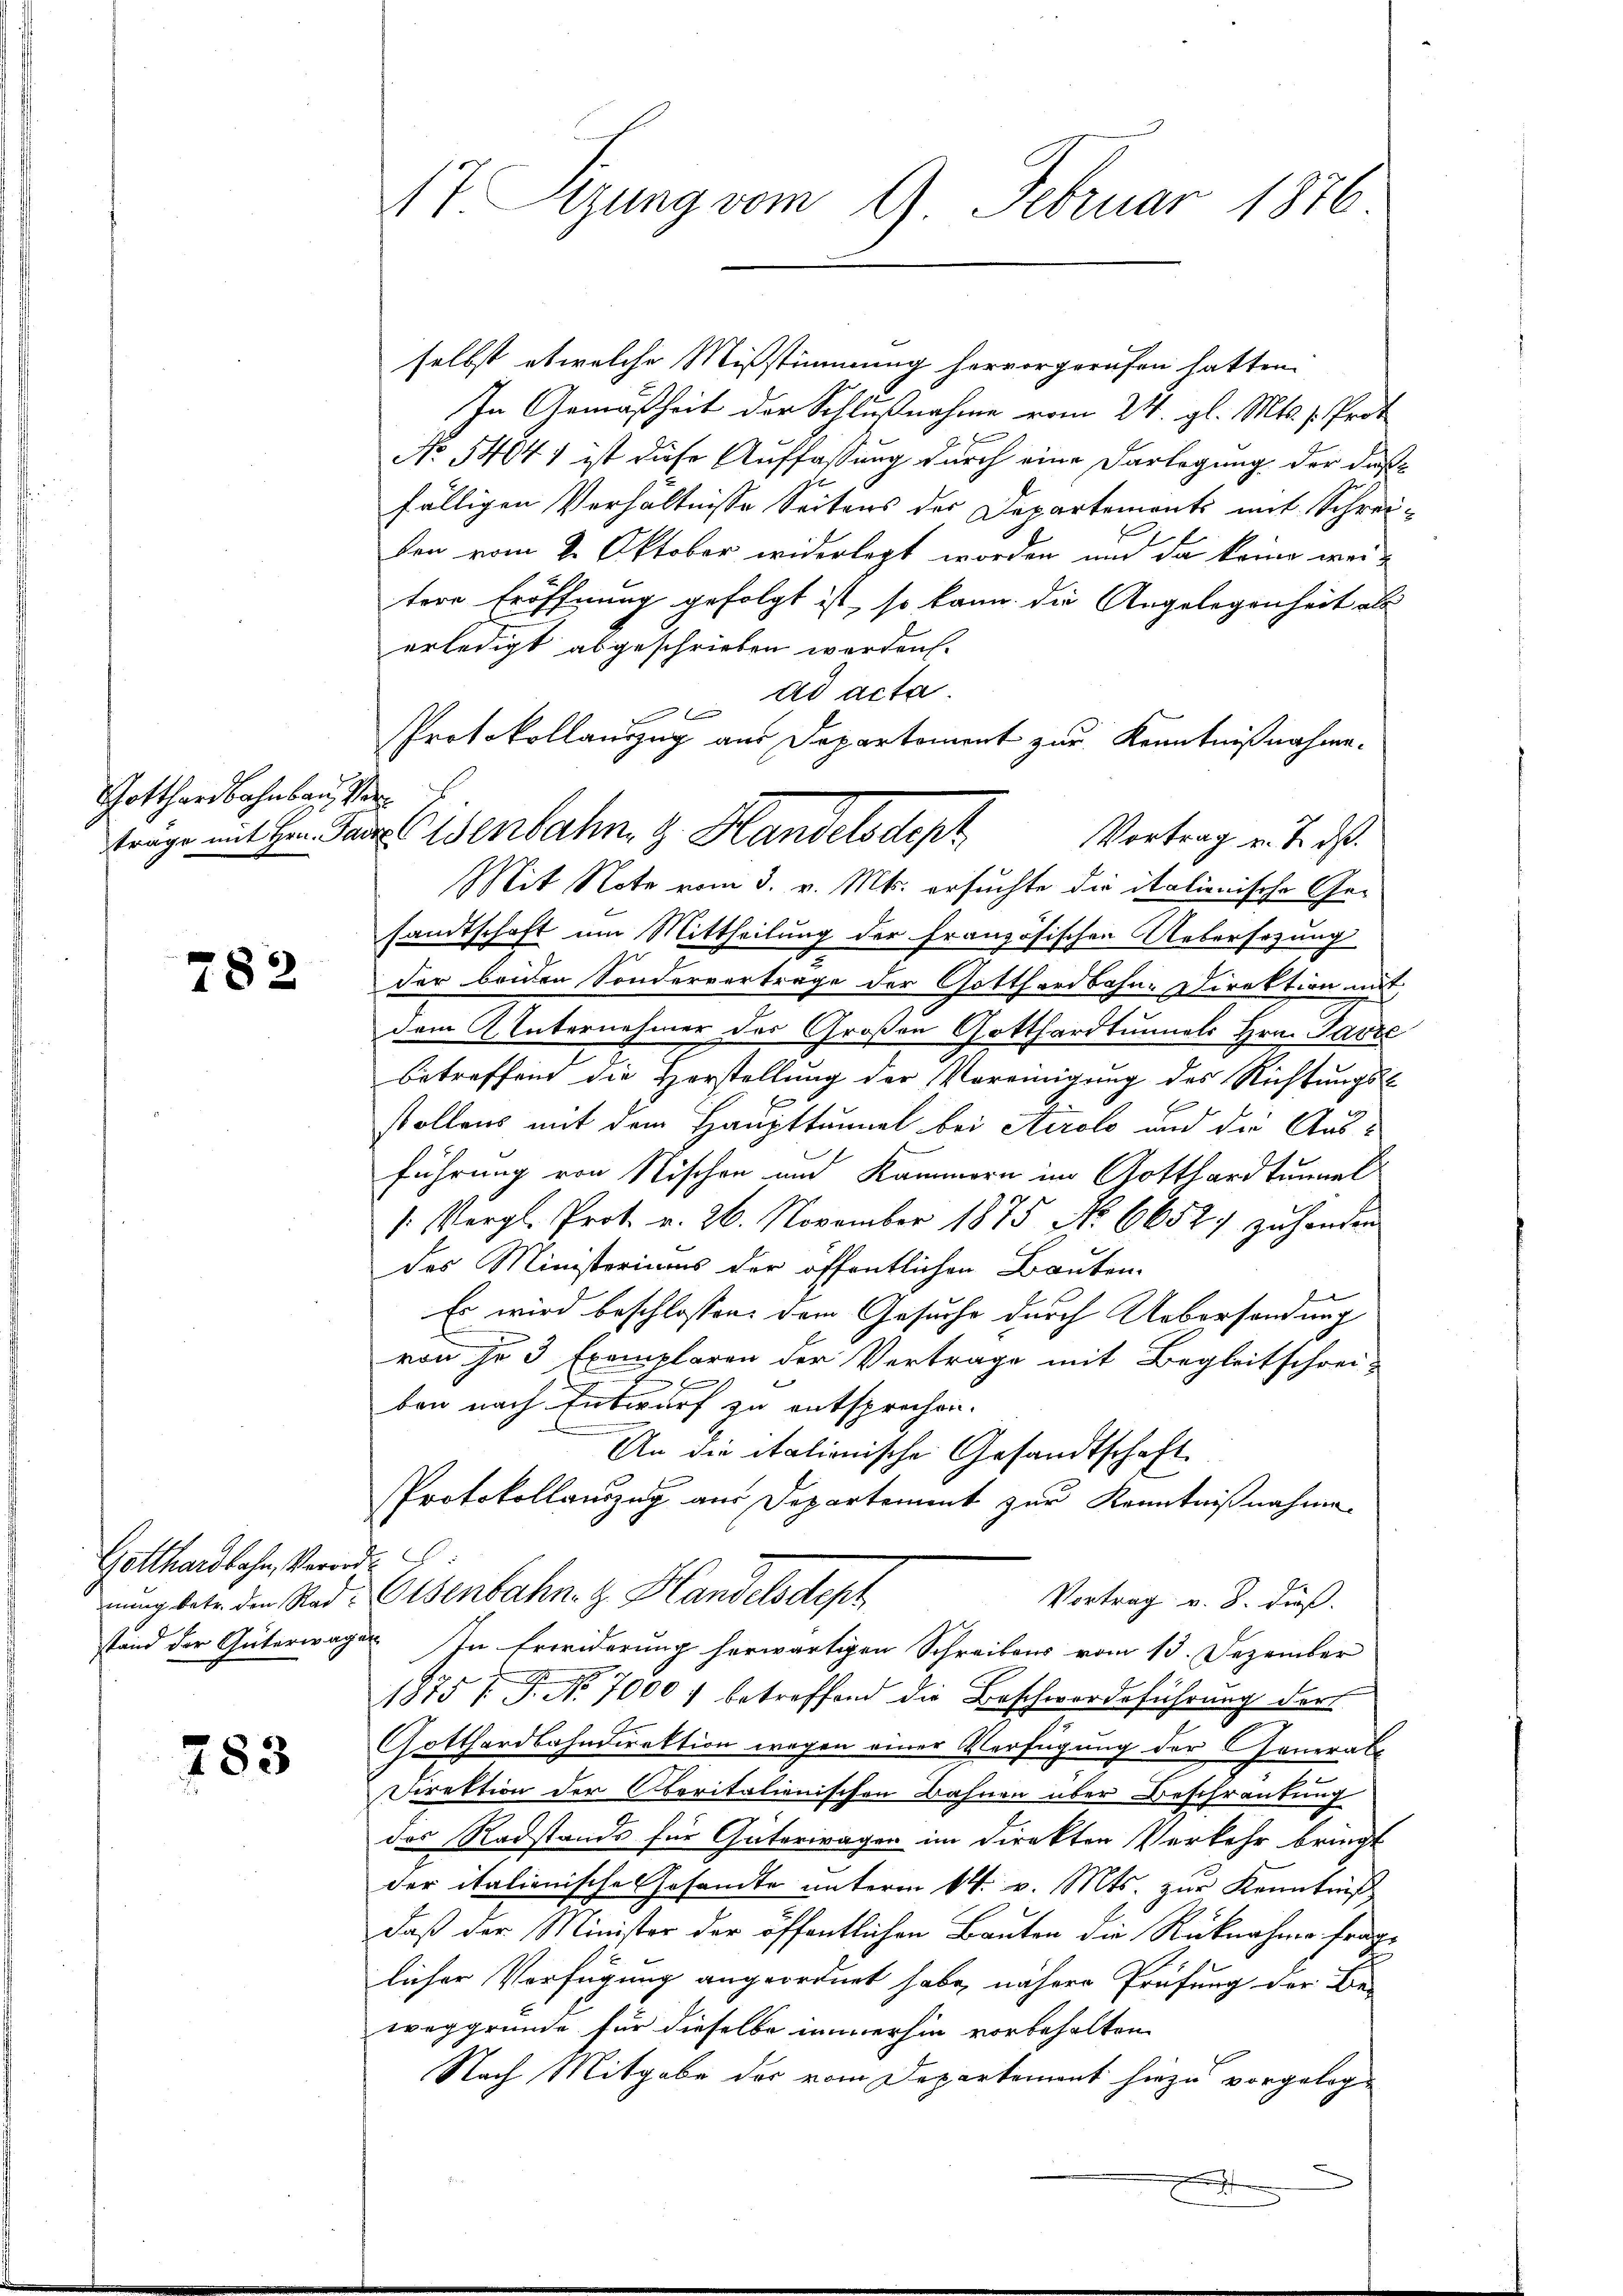
Gotthardbahnbau vor

782

Gotthardbahn, Verord¬

283

At Sizung vom 9. Februar 1876

selbst etwelche Mißstimmung hervorgerufen hatten.
In Gemäßheit der Schlußnahme vom 24. gl. Mts. 1. Prot
No 5404) ist diese Auffassung durch eine Darlegung der daß
fälligen Verhältnisse Seitens der Departements mit Schrei-
den vom 2. Oktober widerlegt worden und da keine weitere Eröffnung gefolgt ist, so kann die Angelegenheit als
erledigt abgeschrieben werden.
ad acta.
f
PProtokollanzug aus Departement zur Kenntnißnahme.
träge mit Hr. Parzellenbahn z. Handelsdepr
Vortrag u. 2. ds.
Mit Note vom 3. v. Mts. ersuchte die italienische Gesamtschaft um Mittheilung der französischen Uebersezung
der beiden Sondervertrage der Gotthardbahne Direktion mit
dem 2 Unternehmer des Großen Gotthardtunnels Hrn. Parte
betreffend die Horstellung der Vereinigung des Richtungs-
stollens mit dem Haupttunnel bei Airolo und die Ausführung von Nischen und Kammern im Gotthardtunnel
/. Vergl. Prot. v. 26. November 1875 No 6652. zŭ handen
des Ministeriums der öffentlichen Bauten.
Es wird beschlossen dem Gesuche durch Uebersendung
von je 3 Exemplaren der Vertrage mit Begleitschrei-

ben nach Entwurf zu entsprechen.
An die italienische Gesandtschaft
PProtokollauszug aus Departement zur Kenntnißnahme
nung betr. die Red. Eisenbahn- & Handelsdept
Vortrag v. J. dieß.
stand der Güterwagen. In Erwiderung herwärtigen Schreibens vom 13. Dezember
2
1875 f. J. No. 7000 : betreffend die Beschwerdeführung der
Gotthardbahndirektion wegen einer Verfügung der General-
Direktion der Oberitalienischen Bahnen über Beschränkung
des Radstands für Güterragen im Direkten Verkehr bringt
der italienische Gesandte unterm 14. v. Mts. zur Kenntniß
daß der Minister der öffentlichen Bauten die Rücknahme frage
licher Verfügung angeordnet habe, nähere Prüfung der Be-
weggründe für dieselbe immerhin vorbehalten
Nach Mitgabe der vom Departement hiezu vorgeleg¬